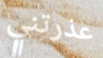
عذرتني